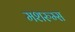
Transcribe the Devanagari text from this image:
मशरुम्स